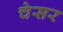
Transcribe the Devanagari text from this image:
चेसर